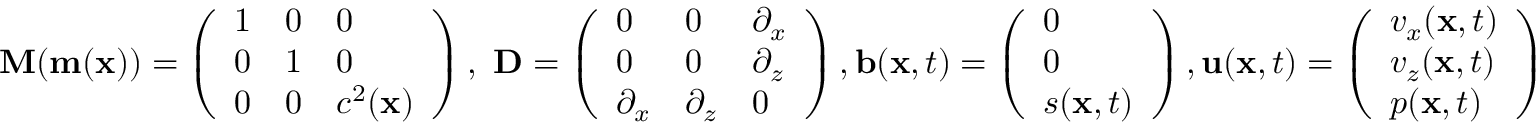
\mathbf { M } ( \mathbf { m } ( \mathbf { x } ) ) = \left( \begin{array} { l l l } { 1 } & { 0 } & { 0 } \\ { 0 } & { 1 } & { 0 } \\ { 0 } & { 0 } & { c ^ { 2 } ( \mathbf { x } ) } \end{array} \right) , ~ \mathbf { D } = \left( \begin{array} { l l l } { 0 } & { 0 } & { \partial _ { x } } \\ { 0 } & { 0 } & { \partial _ { z } } \\ { \partial _ { x } } & { \partial _ { z } } & { 0 } \end{array} \right) , \mathbf { b } ( \mathbf { x } , t ) = \left( \begin{array} { l } { 0 } \\ { 0 } \\ { s ( \mathbf { x } , t ) } \end{array} \right) , \mathbf { u } ( \mathbf { x } , t ) = \left( \begin{array} { l } { v _ { x } ( \mathbf { x } , t ) } \\ { v _ { z } ( \mathbf { x } , t ) } \\ { p ( \mathbf { x } , t ) } \end{array} \right)